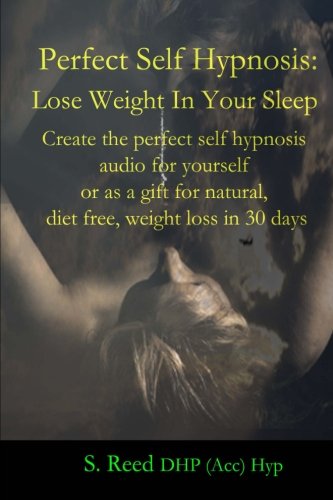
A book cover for Perfect Self Hypnosis: Lose Weight In Your Sleep: Create the perfect self hypnosis audio for yourself or as a gift for natural, diet free, weight loss in 30 days; Shane Reed; Health, Fitness & Dieting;